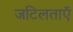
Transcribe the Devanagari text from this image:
जटिलताऍं